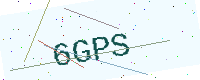
Text: 6GPS